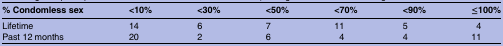
<table><thead><tr><td><b>% Condomless sex</b></td><td><b>&lt;10%</b></td><td><b>&lt;30%</b></td><td><b>&lt;50%</b></td><td><b>&lt;70%</b></td><td><b>&lt;90%</b></td><td><b>≤100%</b></td></tr></thead><tbody><tr><td>Lifetime</td><td>14</td><td>6</td><td>7</td><td>11</td><td>5</td><td>4</td></tr><tr><td>Past 12 months</td><td>20</td><td>2</td><td>6</td><td>4</td><td>4</td><td>11</td></tr></tbody></table>